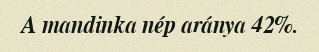
A mandinka nép aránya 42%.